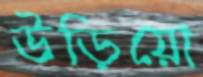
উড়িয়ো